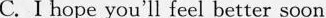
C.I hope you'll feel better soon